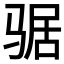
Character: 𲌉